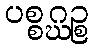
ပစ္စဂ္ဃဉ္စ